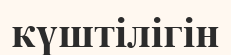
күштілігін